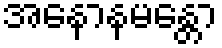
အနောနမန္တော